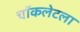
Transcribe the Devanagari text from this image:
चॉकलेटला